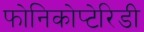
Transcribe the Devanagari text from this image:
फोनिकोप्टेरिडी